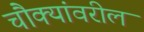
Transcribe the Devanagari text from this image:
चौक्यांवरील